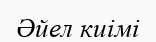
Әйел киімі